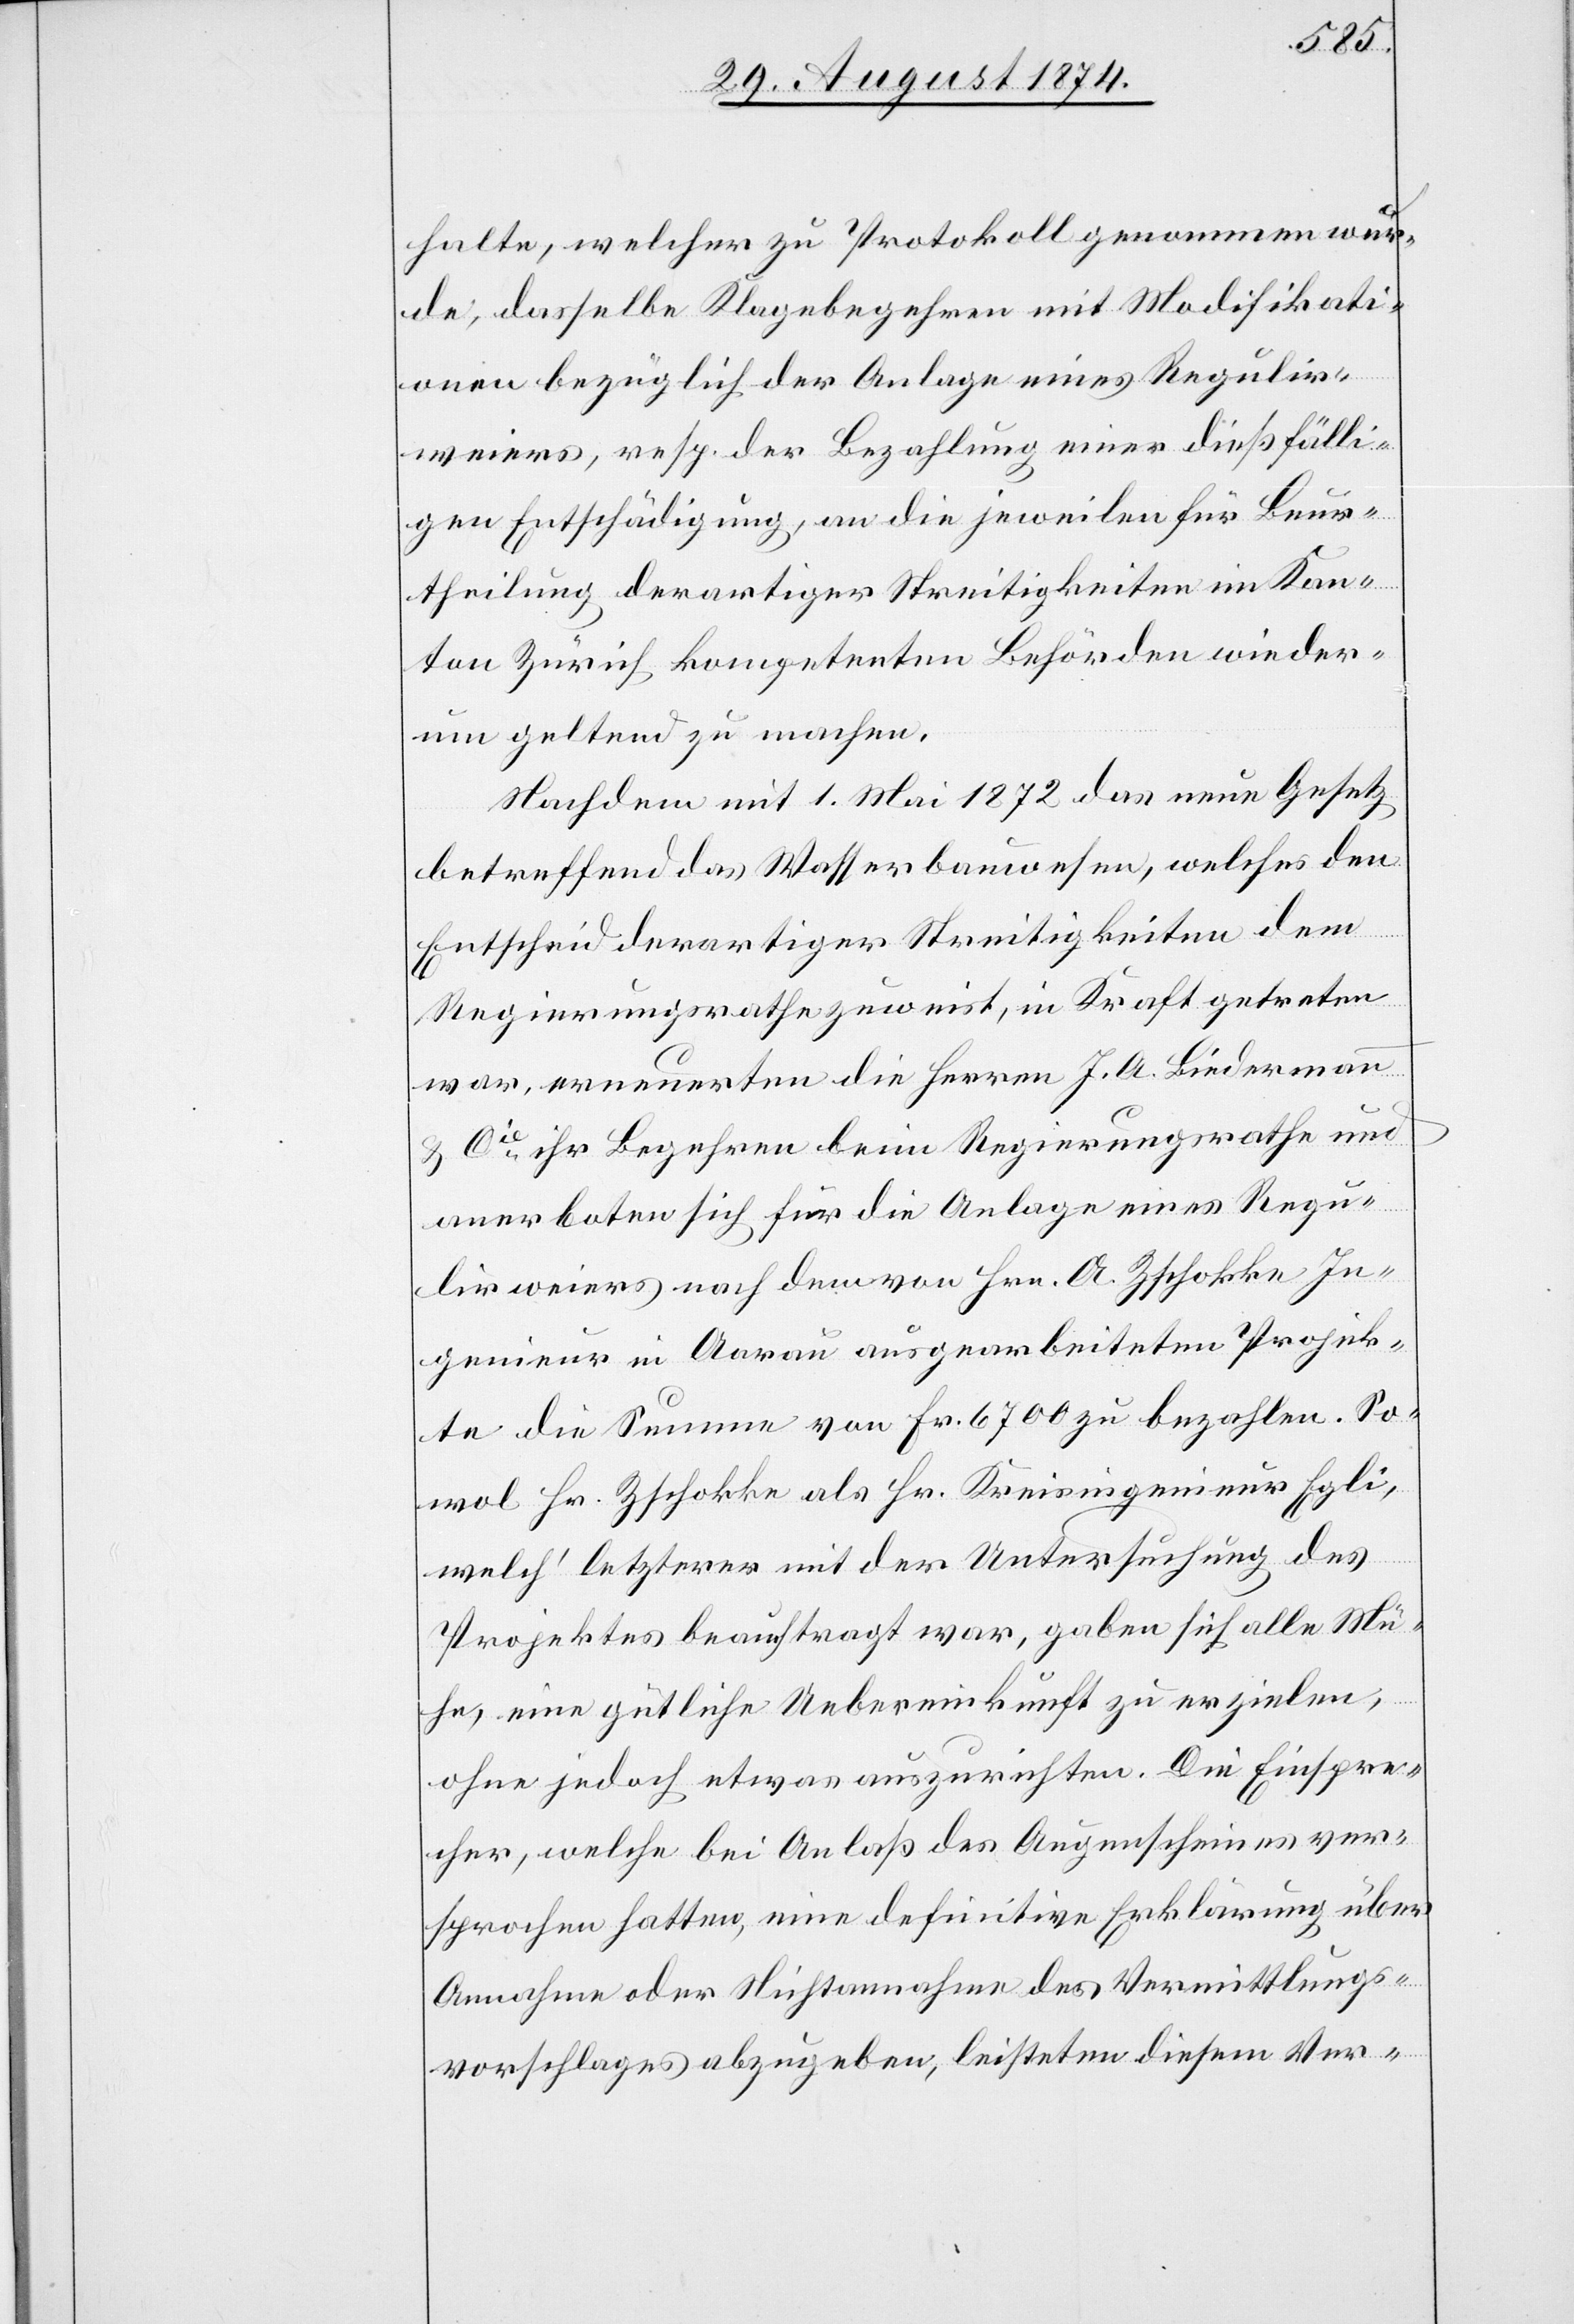
halte, welcher zu Protokolle genommen wur¬
de, dasselbe Klagebegehren mit Modifikati¬
onen bezüglich der Anlage eines Regulir¬
weiers, resp. der Bezahlung einer dießfälli¬
gen Entschädigung, an die jeweilen für Beur¬
theilung derartiger Streitigkeiten im Kan¬
ton Zürich kompetenten Behörden wieder¬
um geltend zu machen.
Nachdem mit 1. Mai 1872 das neue Gesetz
betreffend das Wasserbauwesen, welches den
Entscheid derartiger Streitigkeiten dem
Regierungsrathe zuweist, in Kraft getreten
war, erneuerten die Herren J. A. Biedermann
u. Cie Begehren beim Regierungsrathe und
anerboten sich für die Anlage eines Regu¬
lirweiers nach dem von Hrn. A. Zschokke[,] In¬
genieur in Aargau ausgearbeiteten Projek¬
te die Summe von Fr. 6700 zu bezahlen. So¬
wol Hr. Zschokke als Hr. Kreisingenieur Egli,
welch’ letzterer mit der Untersuchung des
Projektes beauftragt war, gaben sich alle Mü¬
he, eine gütliche Uebereinkunft zu erzielen,
ohne jedoch etwas auszurichten. Die Einspre¬
cher, welche bei Anlaß des Augenscheines ver¬
sprochen hatten, eine definitive Erklärung über
Annahme oder Nichtannahme des Vermittlungs¬
vorschlages abzugeben, leisteten diesem Ver-